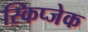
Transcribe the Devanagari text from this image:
स्किप्जेक